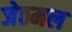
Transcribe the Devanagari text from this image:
जेठमल